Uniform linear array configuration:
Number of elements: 16
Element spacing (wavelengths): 1
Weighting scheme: exponential
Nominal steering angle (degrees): -30
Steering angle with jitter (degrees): -30.322
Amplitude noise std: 0.05
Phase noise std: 0.05

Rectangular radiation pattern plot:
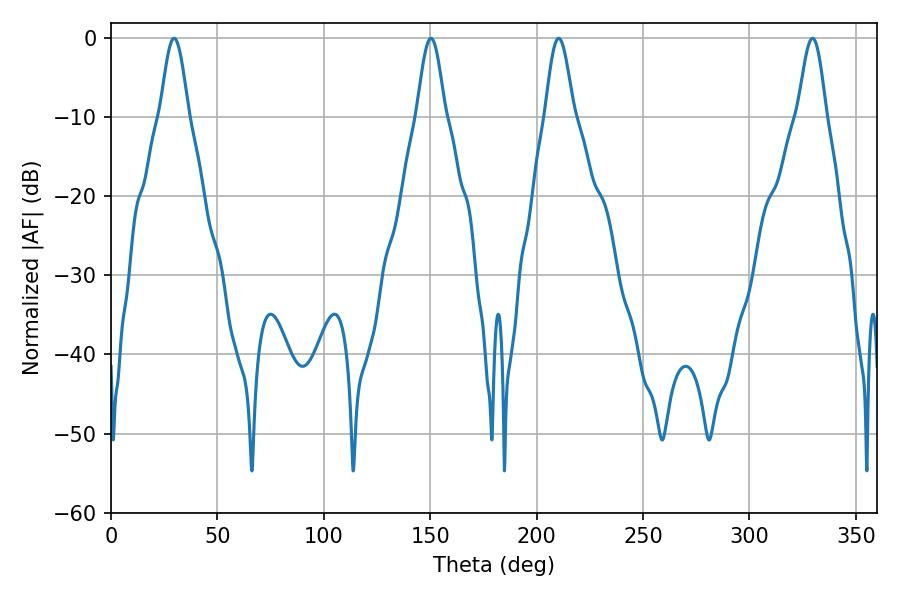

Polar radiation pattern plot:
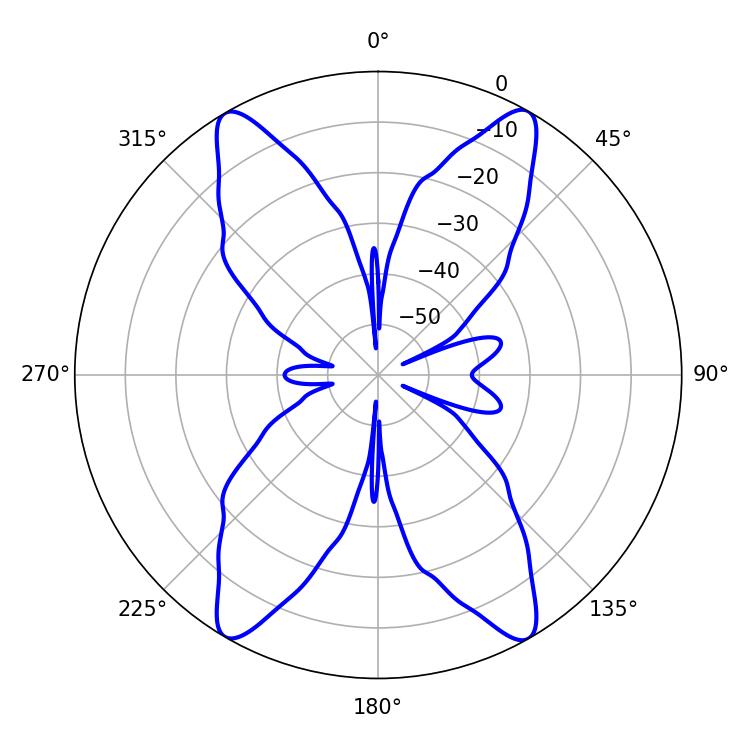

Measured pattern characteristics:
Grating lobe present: TRUE
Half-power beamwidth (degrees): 7.02
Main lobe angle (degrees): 29.7